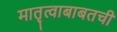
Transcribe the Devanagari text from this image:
मातृत्वाबाबतची